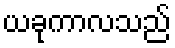
ယခုကာလသည်